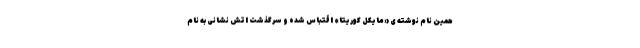
همین نام نوشته ی «مایکل کوریتا» اقتباس شده و سرگذشت اتش نشانی به نام